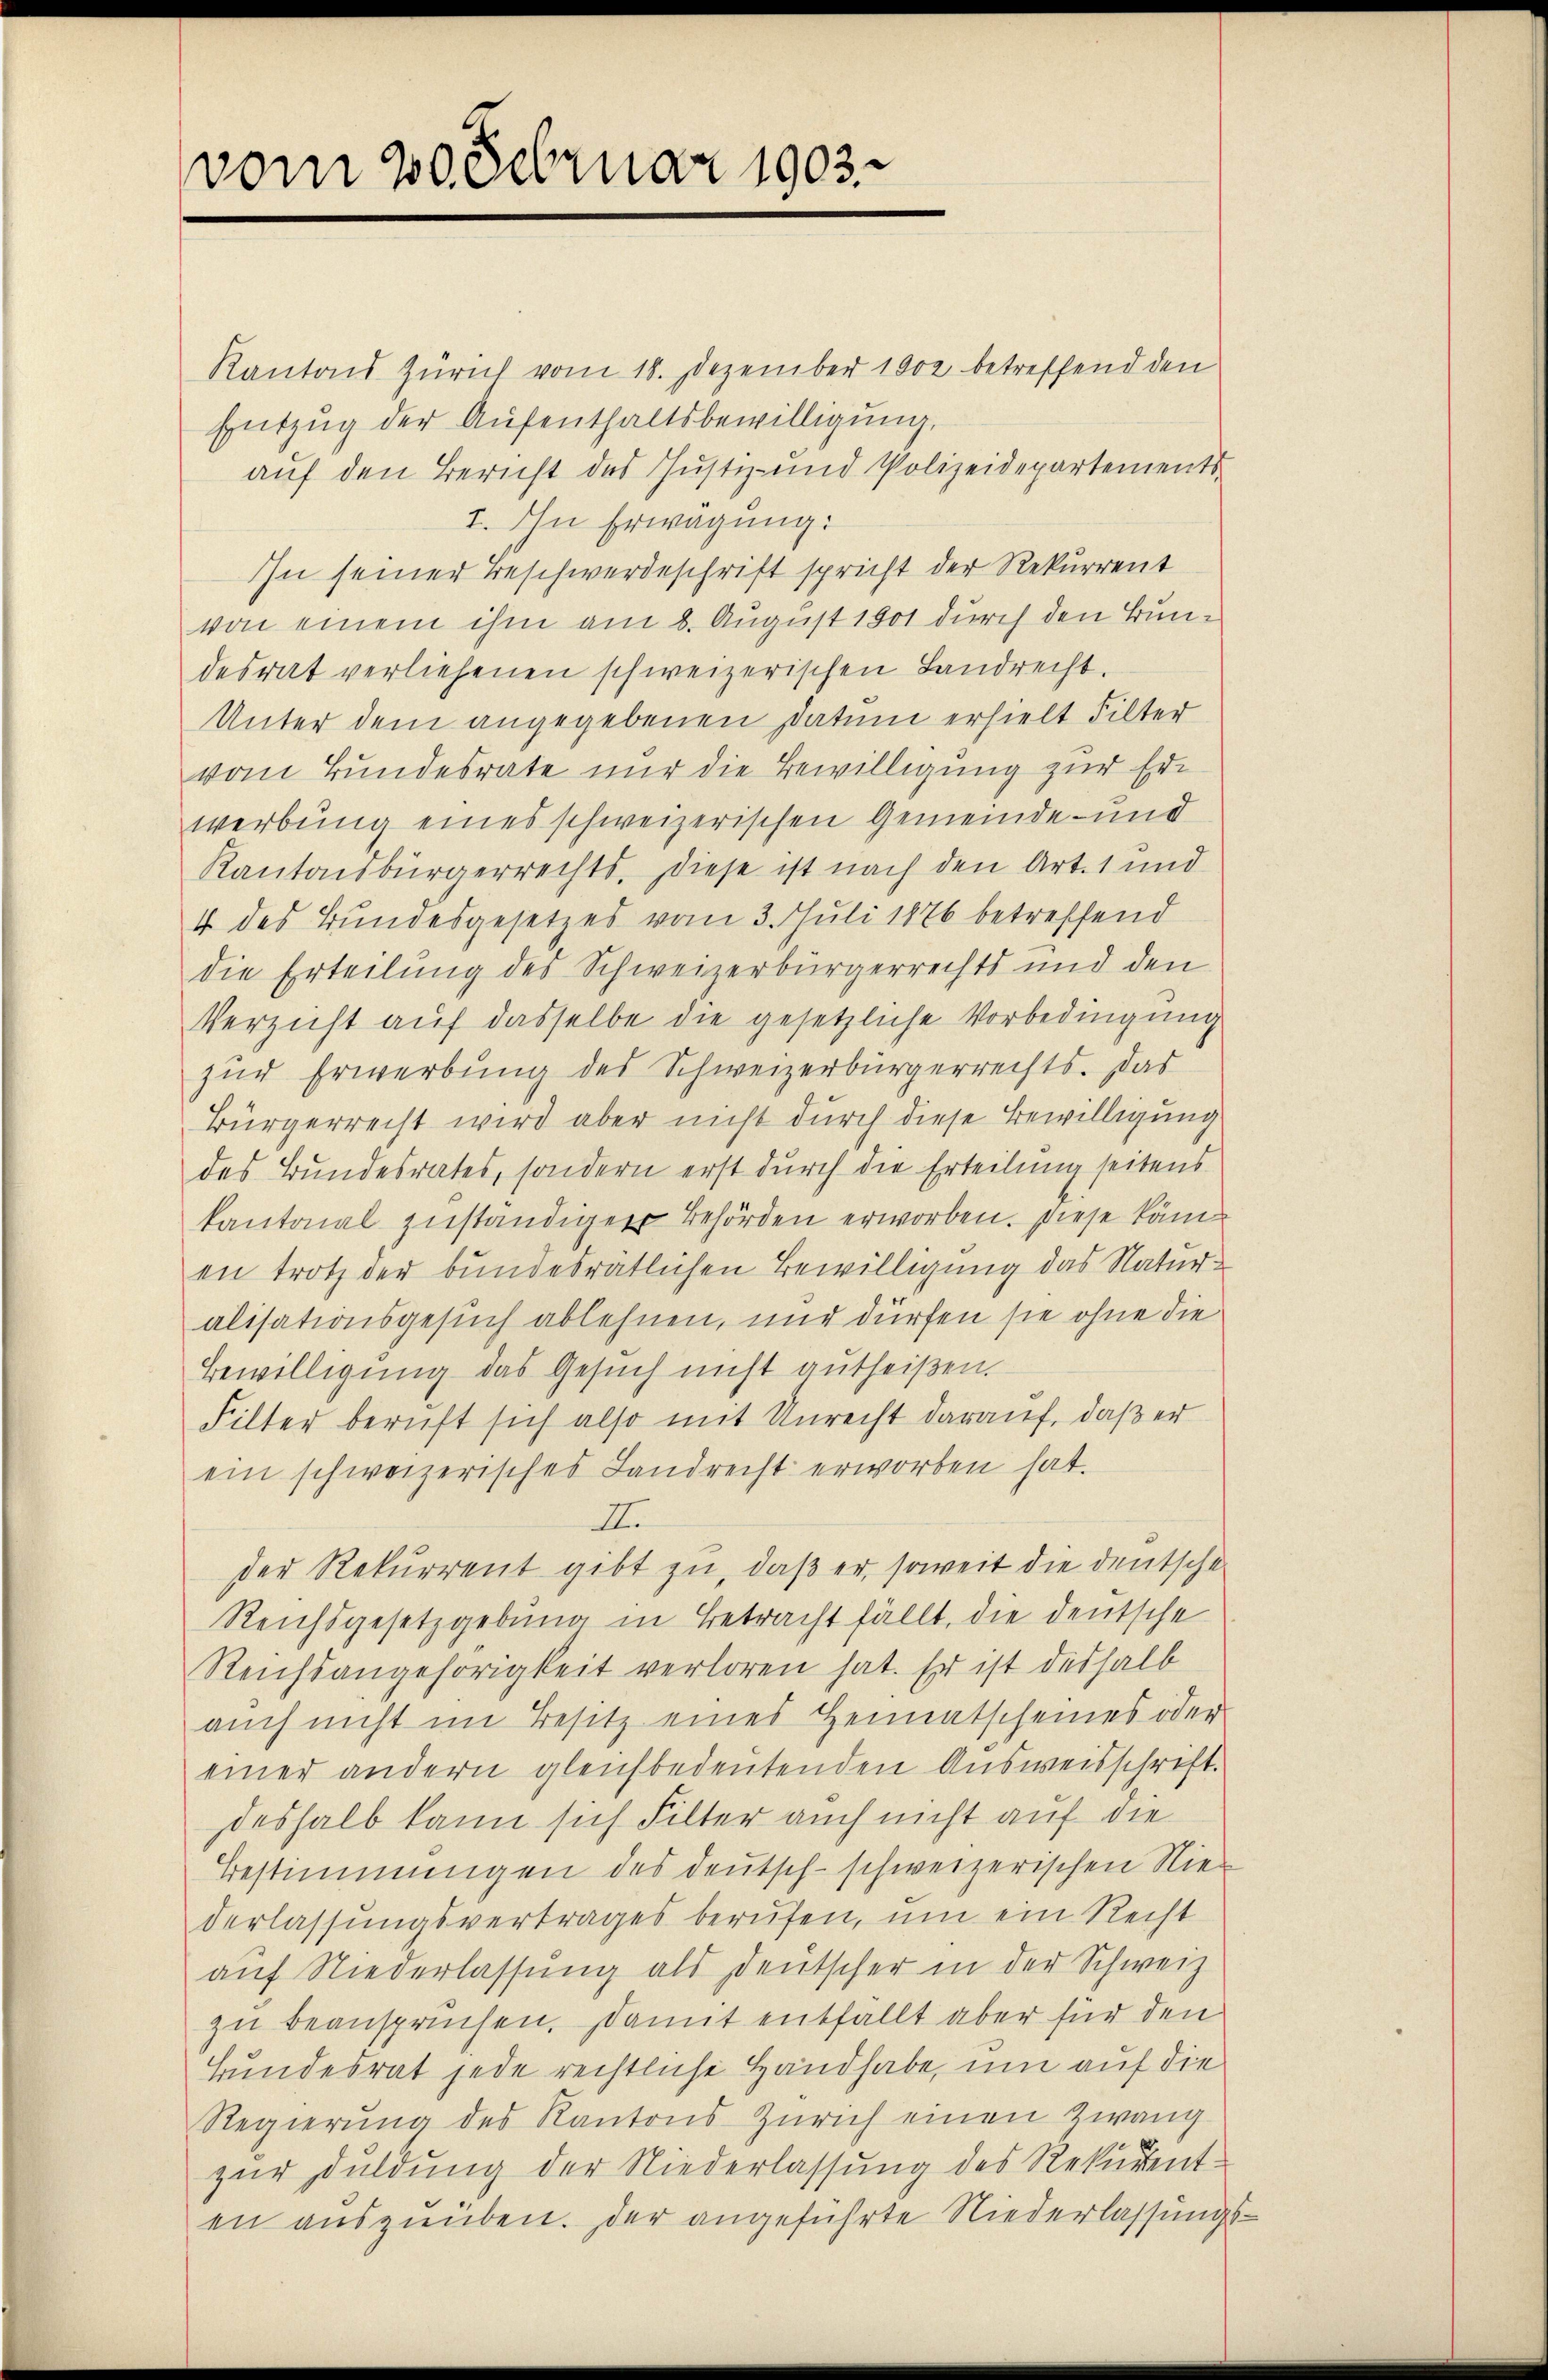
vom 20. Februar 1903.

Kantons Zürich vom 18. Dezember 1902 betreffend den
Entzug der Aufenthaltsbewilligung,
auf den Bericht des Justiz- und Polizeidepartements
I. In Erwägung:
In seiner Beschwerdeschrift spricht der Rekurrent
von einem ihm am 8. August 1901 durch den Bundesrat verliehenen schweizerischen Landrecht.
Unter dem angegebenen Datum erhielt Filter
vom Bundesrate nur die Bewilligung zur Erwerbung eines schweizerischen Gemeinde- und
Kantonsbürgerrechts. diese ist nach den Art. 1 und
4 des Bundesgesetzes vom 3. Juli 1876 betreffend
die Erteilung des Schweizerbürgerrechts und den
Verzicht auf dasselbe die gesetzliche Vorbedingung
zur Erwerbung des Schweizerbürgerrechts. Das
Bürgerrecht wird aber nicht durch diese Bewilligung
des Bundesrates, sondern erst durch die Erteilung seitens
kantonal zuständiger Behörden erworben. Diese kämen trotz der bundesrätlichen Bewilligung das Natur-
alisationsgesuch ablehnen, nur dürfen sie ohne die
Bewilligung das Gesuch nicht autheißen.
Filter beruft sich also mit Unrecht darauf, daß er
ein schweizerisches Landrecht erworben hat.
II.
der Rekurrent gibt zu, daß er, soweit die deutsche
Reichsgesetzgebung in Betracht fällt, die deutsche
Reichsangehörigkeit verloren hat. Er ist deshalb
auch nicht im Besitz eines Heimatscheines oder
einer andern gleichbedeutenden Ausweisschrift.
deshalb kann sich Filter auch nicht auf die
Bestimmungen des deutsch-schweizerischen Niederlassungsvertrages berufen, um ein Recht
aŭf Niederlassŭng als deutscher in der Schweiz
zu beansprüchen. Damit entfällt aber für den
Hundesrat jede rechtliche Handhabe, um auf die
Regierŭng des Kantons Zürich einen Zwang
.
zur Duldung der Niederlassung des Rekurent-
en auszuüben. Der angeführte Niederlassungs¬